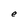
Character: e